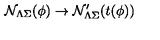
{ \cal N } _ { \Lambda \Sigma } ( \phi ) \rightarrow { \cal N } _ { \Lambda \Sigma } ^ { \prime } ( t ( \phi ) )